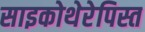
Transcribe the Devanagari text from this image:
साइकोथेरेपिस्त